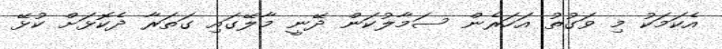
އެކަމަކު މި ވަގުތު އަހަރެން ސަމާލުކަން ދޭނީ މާލޭގައި ގަތަރާ ދެކޮޅަށް ކުޅޭ